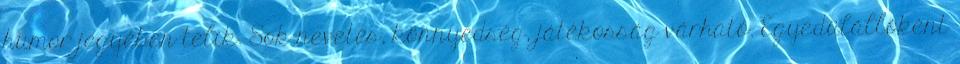
humor jegyében telik. Sok nevetés, könnyedség, játékosság várható. Egyedülállóként